Scottish Leaving Certificate Examination, 1960
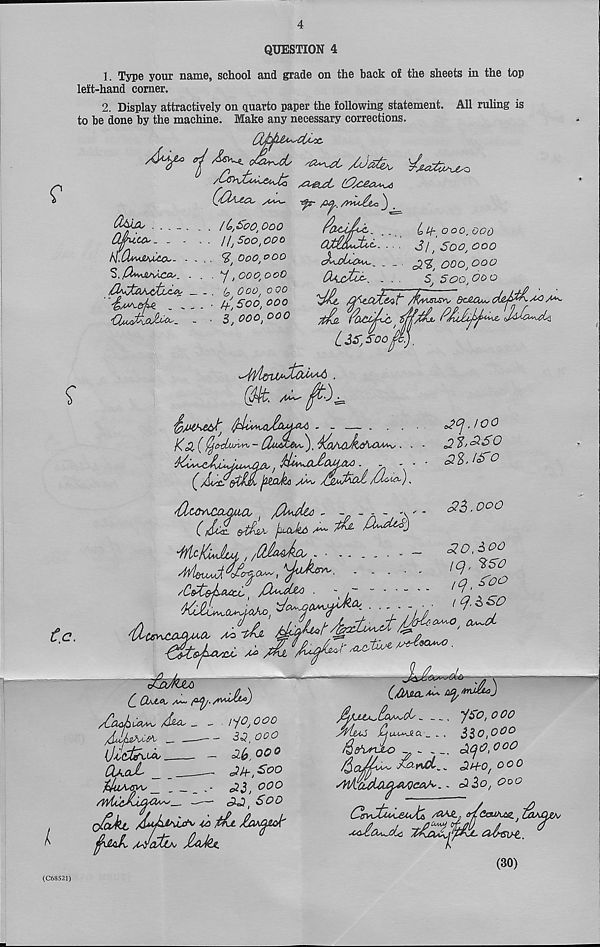
4
QUESTION 4
1. Type your name, school and grade on the back o£ the sheets in the top
left-hand corner.
2. Display attractively on quarto paper the following statement. All ruling is
to be done by the machine. Make any necessary corrections.
■cCox.
•ftr
3 .
rfrci/oc. ..
Ln-'OoO'OOd
aMudxi. .. ,
sq 0j coo
ooo.ooo
(XtyjctiZ'. . - ,
5, 500,00 0
fificCljt&vt /kvisis^ Qc£O^dA0\
a
M ' r ' iL ’ tL
/Ccyjto^&iJ^
C'Oamx,
d&La, . . . _ .
Oju,co,. - - .
I^.Cln<juu£a,- . .
S. $**Jl/VuCCts. .
'(Xu/ddoJdco _
yiAy^
IL,So o,o oo
IIj Soo, ooo
^ 000,0 00
y, OOO, OO0
ooo, 0 QO
4-', Soo, OOO
S, 000,000
m. /U^-
- - — . . .
f^ah
AJtid /CUu>).
dXoO^CAL-QM^CO
/^dcA - - - - -
(/c£
j^Oyko
d&o £Udo£)
^.too
2?,£S0
£$, /^ro
<23. ooo
(c.
-zWa. OhUsOs /to
/y*
dSoJUA
yOssy
/Cbt&Lcuci I /X^jUa .
—
'KOlSoO^,
■ ■ - •;
T23T^^
<20,60°
iq,
,q' 2oo
(q. 6 SO
Oyy-0 Ovy~d-
'<»
'
tuL&
.
t ObJLOy /w,
/CoahCcwu /due- _ _ . /y^ ooo
/buA&KCO^ __ —
30, ooo
{jid^ooo,
- o($ j ooo
CU&l _
—- 0/+, Soo
'jehiMy^
2$, OOO
/wtCd/juw^-.
- 2<2, Sod
O&kt d*yhp\ufr' 4A jtdj. /^jQA/qsdc
^J!aL /idatju* JlctMu.
(Mia,** tfptvJid)
Mjuo Cf u^y~t<X _ . ,
Qshyruoo
-
yso, ooo
610,000
ACjO.OOO
/^.(zJdysy
^ 2H-0, OOO
. - 230,000
C/frdMi&JS /t»dlp cr/c&VUZ CaMWv
(30)
(C68521)